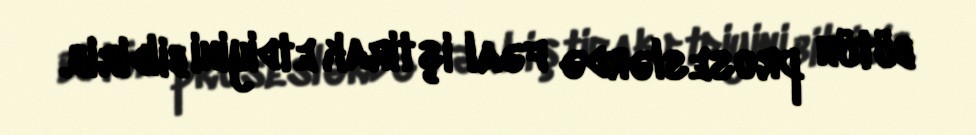
bütün proseslərdə fəal iştirak etdiyini bildirib.